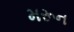
મરૂન